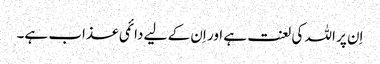
اِن پر اللہ کی لعنت ہے اور اِن کے لیے دائمی عذاب ہے۔